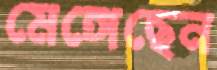
মেঙ্গেছেন